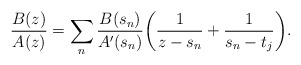
\begin{align*}\frac{B(z)}{A(z)}=\sum_{n} \frac{B(s_n)}{A'(s_n)}\bigg( \frac{1}{z-s_n} + \frac{1}{s_n-t_j} \bigg).\end{align*}